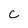
Character: c